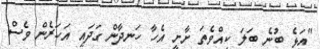
"އަޅެ ބުނެ ބަލަ ކީއްވެތަ ށާށީ އެހާ ހަނދާން ގަދައީ އަހަރެން ވެސް